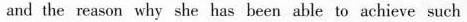
and the reason why she has been able to achieve such